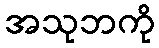
အသုဘကို